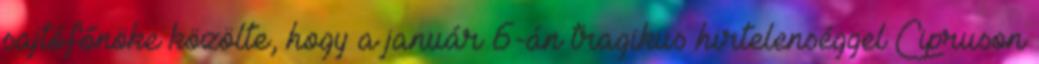
sajtófőnöke közölte, hogy a január 6-án tragikus hirtelenséggel Cipruson